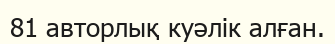
81 авторлық куәлік алған.